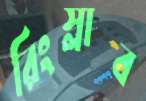
রিংস্লাব